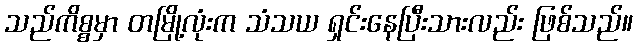
သည်ကိစ္စမှာ တမြို့လုံးက သံသယ ရှင်းနေပြီးသားလည်း ဖြစ်သည်။